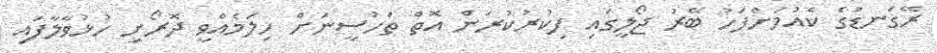
ރޭގަނޑުގެ ކެއުމަށްފަހު ބޭރު ޖޯލީގައި ފިކުރުކުރަން އޮތް ތަހުސީނަށް ހިލަމެއްވީ ދޮރޯށި ހުޅުވާލާފައި